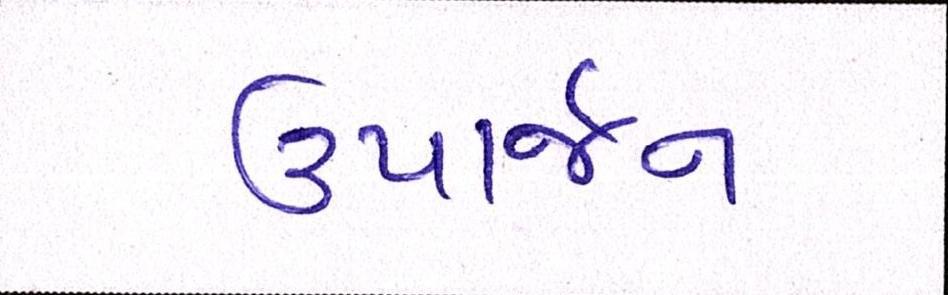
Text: ઉપાર્જન